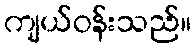
ကျယ်ဝန်းသည်။